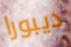
ديبورا